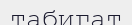
табигат